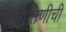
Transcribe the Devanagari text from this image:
जोगतिणीची